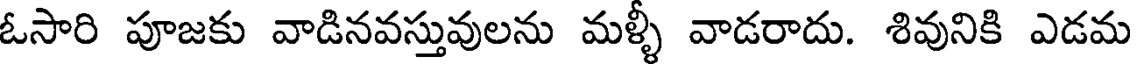
ఓసారి పూజకు వాడినవస్తువులను మళ్ళీ వాడరాదు. శివునికి ఎడమ